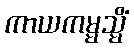
ကာယကမ္မသ္မိံ